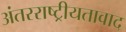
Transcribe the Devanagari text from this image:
अंतरराष्ट्रीयतावाद